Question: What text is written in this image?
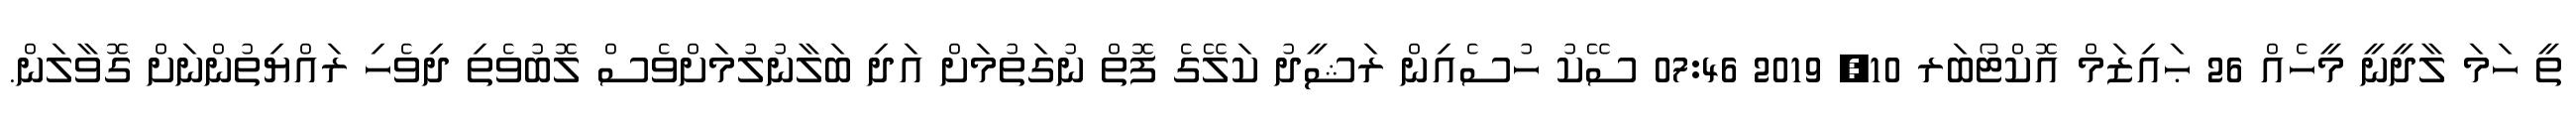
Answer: ތީ ހަމަ ލާދީނީ މީހެއް 26 ޙައިޒަމް އޮކްޓޯބަރ 10, 2019 07:46 ސޭކު ހުސެއިން ރަޝީދު ކަލޭގެ ފޮތް ނުގަތުމަށް އަދި ބަލާނުލުމަށްވެސް ލޮބުވެތި ދިވެހި ރައްޔިތުންނަށް ގޮވާލަން.